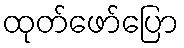
ထုတ်ဖော်ပြော